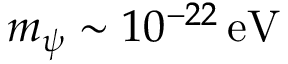
m _ { \psi } \sim 1 0 ^ { - 2 2 } \mathrm { \, e V }